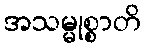
အသမ္မုစ္စာတိ